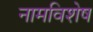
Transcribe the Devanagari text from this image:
नामविशेष